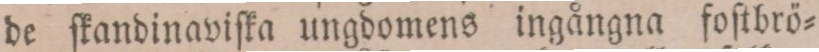
de ſkandinaviſka ungdomens ingångna foſtbrö=